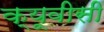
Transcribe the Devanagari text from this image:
क्यूवीसी